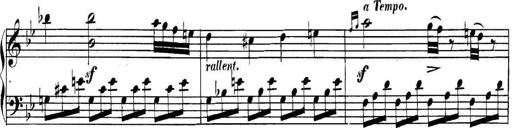
Title: Collected Piano Sonatas
Composer: Muzio Clementi